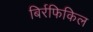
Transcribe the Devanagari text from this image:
बिर्रफिकिल